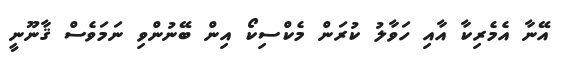
އޭނާ އެމެރިކާ އާއި ހަވާލު ކުރަން މެކްސިކޯ އިން ބޭނުންވި ނަމަވެސް ޤާނޫނީ